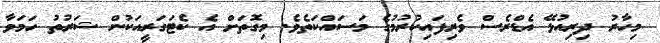
މިހާރު ދިރިއުޅޭ އެޑްރެސް ވެރިފައިކުރުމުގެ މަސައްކަތެވެ. މިގޮތަށް އެ ކެޓަގަރީއަކުން ޝަރުތު ހަމަވާ